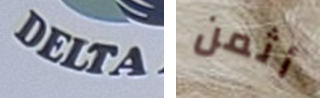
DELTA أثمن